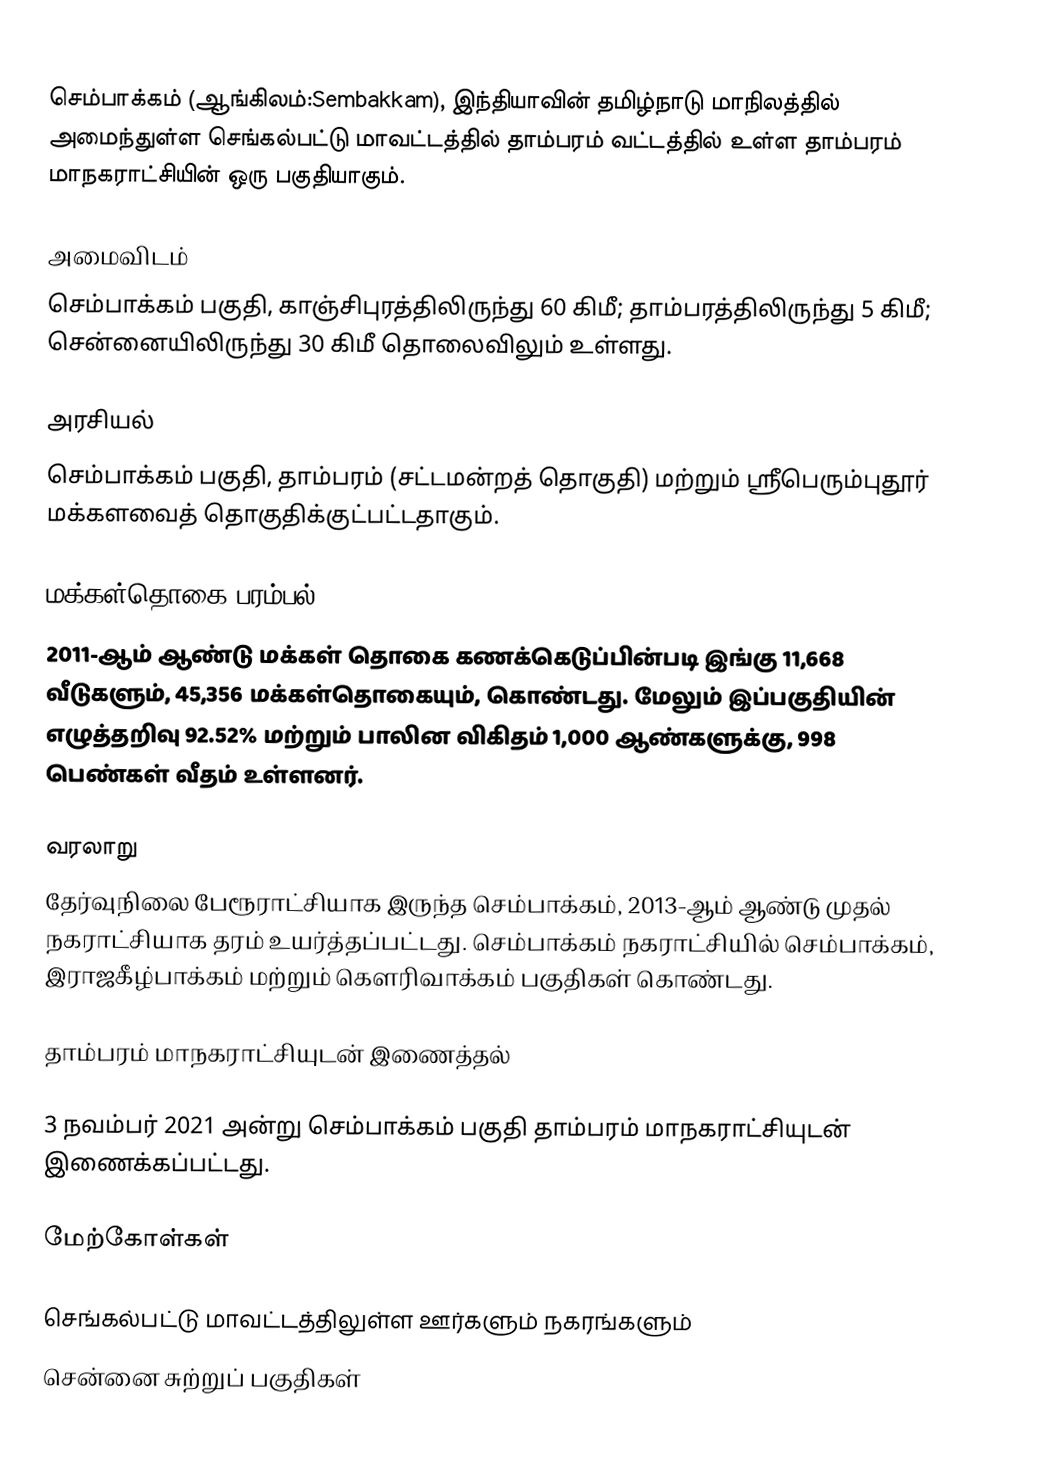
செம்பாக்கம் (ஆங்கிலம்:Sembakkam), இந்தியாவின் தமிழ்நாடு மாநிலத்தில் அமைந்துள்ள செங்கல்பட்டு மாவட்டத்தில் தாம்பரம் வட்டத்தில் உள்ள தாம்பரம் மாநகராட்சியின் ஒரு பகுதியாகும்.

அமைவிடம்
செம்பாக்கம் பகுதி, காஞ்சிபுரத்திலிருந்து 60 கிமீ; தாம்பரத்திலிருந்து 5 கிமீ; சென்னையிலிருந்து 30 கிமீ தொலைவிலும் உள்ளது.

அரசியல்
செம்பாக்கம் பகுதி, தாம்பரம் (சட்டமன்றத் தொகுதி) மற்றும் ஸ்ரீபெரும்புதூர் மக்களவைத் தொகுதிக்குட்பட்டதாகும்.

மக்கள்தொகை பரம்பல்
2011-ஆம் ஆண்டு மக்கள் தொகை கணக்கெடுப்பின்படி   இங்கு  11,668  வீடுகளும், 45,356 மக்கள்தொகையும், கொண்டது. மேலும் இப்பகுதியின் எழுத்தறிவு 92.52% மற்றும்  பாலின விகிதம் 1,000 ஆண்களுக்கு, 998 பெண்கள் வீதம் உள்ளனர்.

வரலாறு
தேர்வுநிலை பேரூராட்சியாக இருந்த செம்பாக்கம், 2013-ஆம் ஆண்டு முதல் நகராட்சியாக தரம் உயர்த்தப்பட்டது. செம்பாக்கம் நகராட்சியில் செம்பாக்கம், இராஜகீழ்பாக்கம் மற்றும் கௌரிவாக்கம் பகுதிகள் கொண்டது.

தாம்பரம் மாநகராட்சியுடன் இணைத்தல்

3 நவம்பர் 2021 அன்று செம்பாக்கம் பகுதி   தாம்பரம் மாநகராட்சியுடன் இணைக்கப்பட்டது.

மேற்கோள்கள்

செங்கல்பட்டு மாவட்டத்திலுள்ள ஊர்களும் நகரங்களும்
சென்னை சுற்றுப் பகுதிகள்